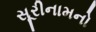
સૂરીનામનો